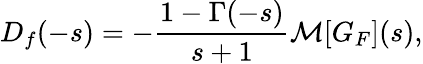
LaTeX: D_{f}(-s)=-{\frac{1-\Gamma(-s)}{s+1}}{\mathcal{M}}[G_{F}](s),